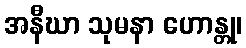
အနီဃာ သုမနာ ဟောန္တု၊